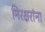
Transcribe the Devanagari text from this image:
निरक्षरांना